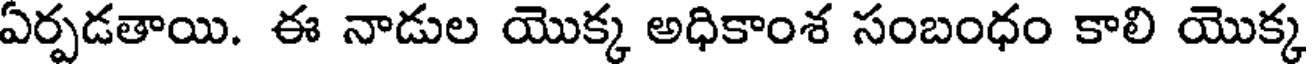
ఏర్పడతాయి. ఈ నాడుల యొక్క అధికాంశ సంబంధం కాలి యొక్క